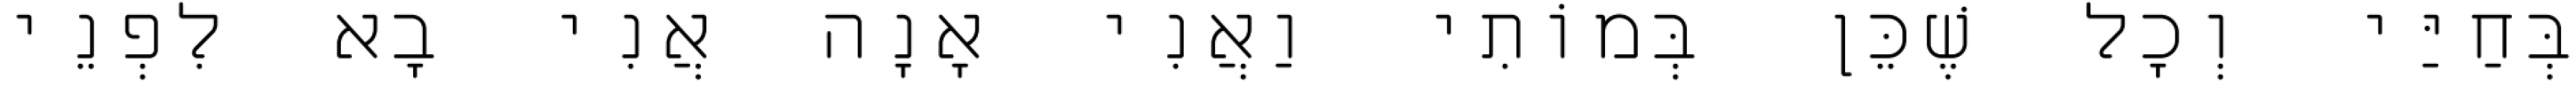
בְּחַיַּי וְכׇל שֶׁכֵּן בְּמוֹתִי וַאֲנִי אָנָה אֲנִי בָא לִפְנֵי